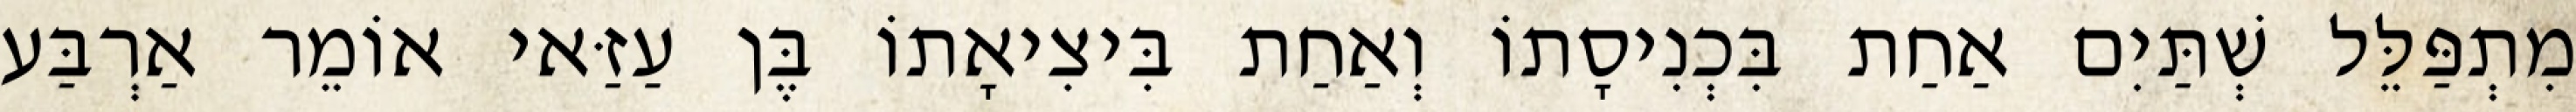
מִתְפַּלֵּל שְׁתַּיִם אַחַת בִּכְנִיסָתוֹ וְאַחַת בִּיצִיאָתוֹ בֶּן עַזַּאי אוֹמֵר אַרְבַּע